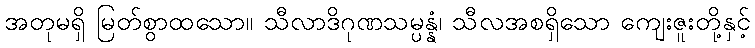
အတုမရှိ မြတ်စွာထသော။ သီလာဒိဂုဏသမ္ပန္နံ၊ သီလအစရှိသော ကျေးဇူးတို့နှင့်